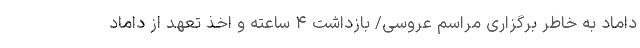
داماد به خاطر برگزاری مراسم عروسی/ بازداشت ۴ ساعته و اخذ تعهد از داماد